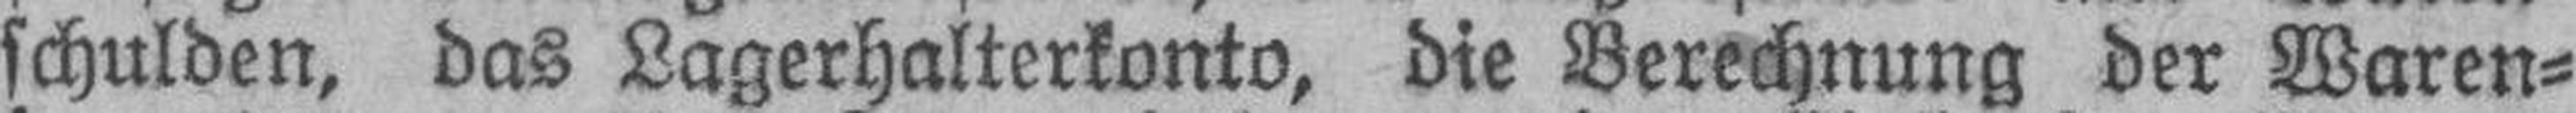
schulden, das Lagerhalterkonto, die Berechnung der Waren¬